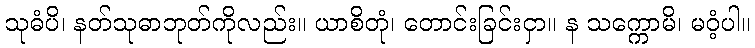
သုဓံပိ၊ နတ်သုဓာဘုတ်ကိုလည်း။ ယာစိတုံ၊ တောင်းခြင်းငှာ။ န သက္ကောမိ၊ မဝံ့ပါ။